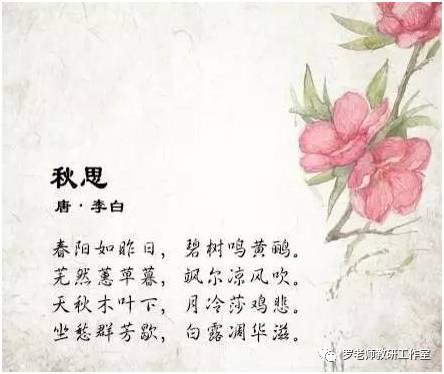
天秋木叶下，月冷莎鸡悲。